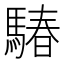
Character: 䮞